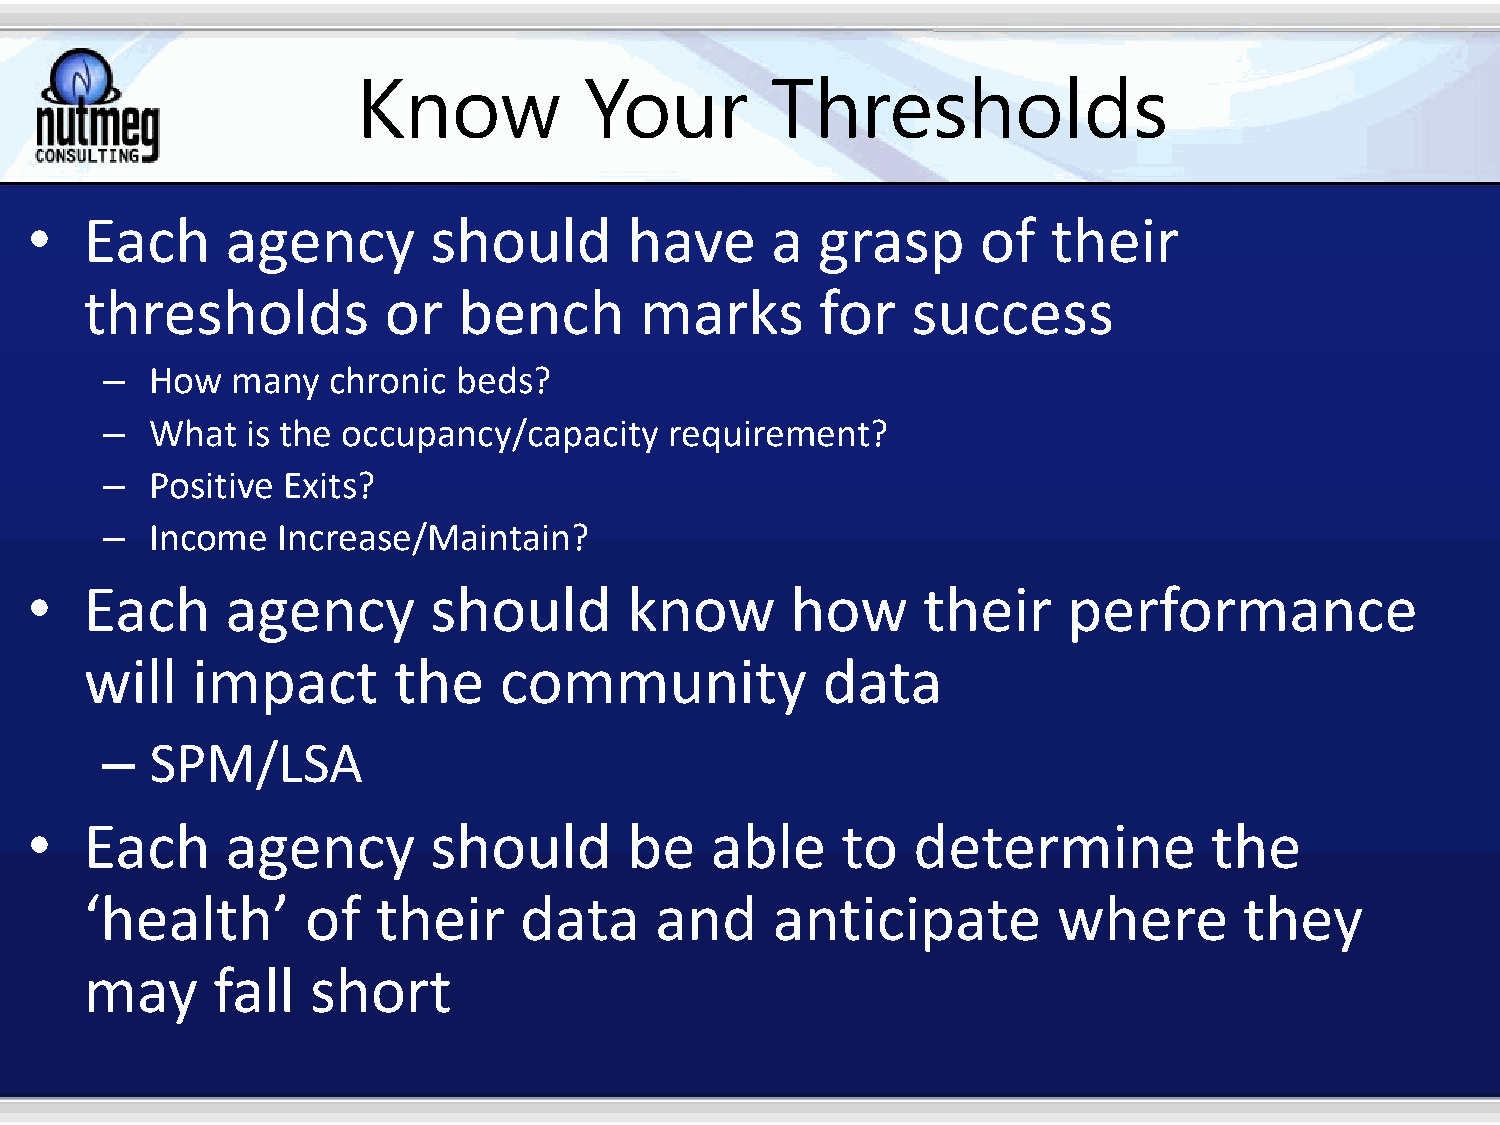
Know           Your        Thresholds
 •   Each     agency       should        have     a  grasp      of   their
 thresholds         or   bench       marks       for   success
 –  How  many   chronic beds?
 –  What  is the occupancy/capacity   requirement?
 –  Positive Exits?
 –  Income  Increase/Maintain?
 •   Each     agency       should        know      how      their     performance
 will   impact       the    community            data
 –  SPM/LSA
 •   Each     agency       should        be   able     to  determine           the
 ‘health’      of   their    data     and     anticipate         where       they
 may     fall   short